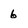
Character: 6